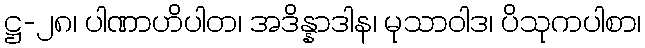
ဋ္ဌ-၂၈၊ ပါဏာဟိပါတ၊ အဒိန္နာဒါန၊ မုသာဝါဒ၊ ပိသုကပါစာ၊